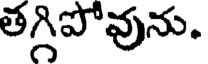
తగ్గిపోవును.